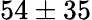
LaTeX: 54\pm 35